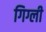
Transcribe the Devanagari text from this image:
गिग्ली